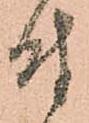
付